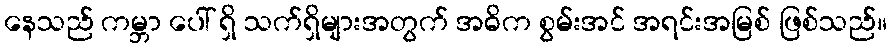
နေသည် ကမ္ဘာ ပေါ် ရှိ သက်ရှိများအတွက် အဓိက စွမ်းအင် အရင်းအမြစ် ဖြစ်သည်။